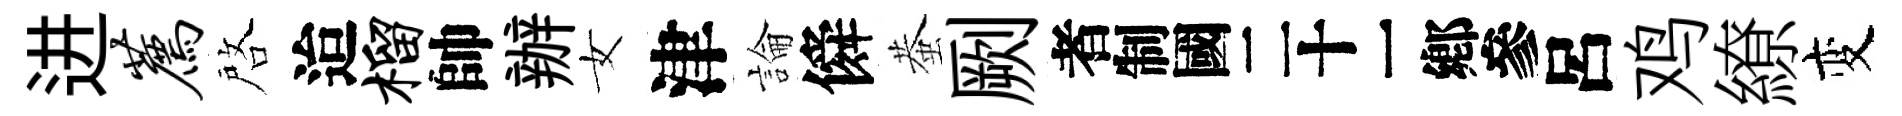
进荐啓迨榴帥辦女津論僢蛬劂识呂鸡繚变